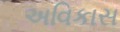
અવિકાસ